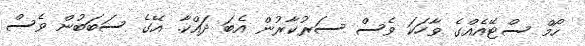
ހޯމް ސްޓޭއެއްގެ ވާހަކަ ވެސް ސަރުކާރުން އެބަ ދައްކާ. އޭގެ ސަބަބުން ވެސް